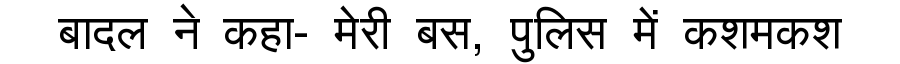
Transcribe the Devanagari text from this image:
बादल ने कहा- मेरी बस, पुलिस में कशमकश